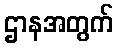
ဌာနအတွက်